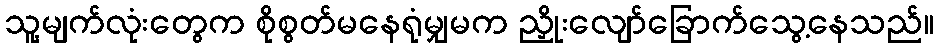
သူ့မျက်လုံးတွေက စိုစွတ်မနေရုံမျှမက ညှိုးလျော်ခြောက်သွေ့နေသည်။